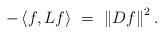
LaTeX: \begin{align*}-\left\langle f,Lf\right\rangle\ =\ \left\|Df\right\|^2.\end{align*}